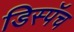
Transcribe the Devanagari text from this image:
डिस्पॅच